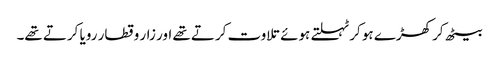
بیٹھ کر کھڑے ہو کر ٹہلتے ہوئے تلاوت کرتے تھے اور زار و قطار رویا کرتے تھے۔